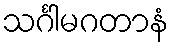
သင်္ဂါမဂတာနံ